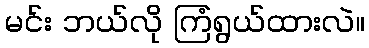
မင်း ဘယ်လို ကြံရွယ်ထားလဲ။